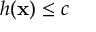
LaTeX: h ( \mathbf { x } ) \leq c